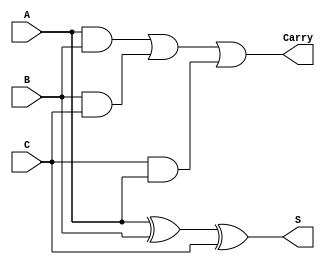
module ParallelCarrySaveAdder #(parameter n = 8) (
    input  wire [n-1:0] A,
    input  wire [n-1:0] B,
    input  wire [n-1:0] C,
    output wire [n-1:0] S,
    output wire [n-1:0] Carry
);

    // Bit-wise addition without carry propagation
    assign S = A ^ B ^ C; // Sum bits

    // Carry generation
    assign Carry = (A & B) | (B & C) | (C & A); // Carry bits

endmodule